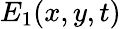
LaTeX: E_{1}(x,y,t)